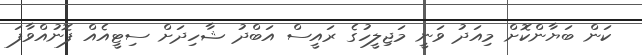
ކަން ބަޔާންކޮށް މިއަދު ވަނީ މަޖިލީހުގެ ރައީސް އަބްދު ޝާހިދަށް ސިޓީއެއް ފޮނުއްވާފަ